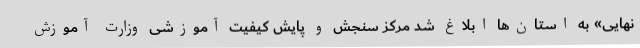
نهایی» به استان‌ها ابلاغ شد مرکز سنجش و پایش کیفیت آموزشی وزارت آموزش